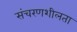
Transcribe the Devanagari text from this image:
संचरणशीलता